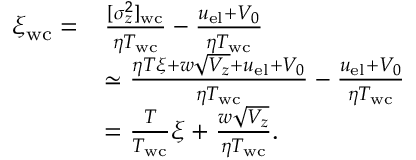
\begin{array} { r l } { \xi _ { \mathrm { w c } } = } & { \frac { [ \sigma _ { z } ^ { 2 } ] _ { \mathrm { w c } } } { \eta T _ { \mathrm { w c } } } - \frac { u _ { \mathrm { e l } } + V _ { 0 } } { \eta T _ { \mathrm { w c } } } } \\ & { \simeq \frac { \eta T \xi + w \sqrt { V _ { z } } + u _ { \mathrm { e l } } + V _ { 0 } } { \eta T _ { \mathrm { w c } } } - \frac { u _ { \mathrm { e l } } + V _ { 0 } } { \eta T _ { \mathrm { w c } } } } \\ & { = \frac { T } { T _ { \mathrm { w c } } } \xi + \frac { w \sqrt { V _ { z } } } { \eta T _ { \mathrm { w c } } } . } \end{array}